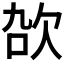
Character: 𬅠